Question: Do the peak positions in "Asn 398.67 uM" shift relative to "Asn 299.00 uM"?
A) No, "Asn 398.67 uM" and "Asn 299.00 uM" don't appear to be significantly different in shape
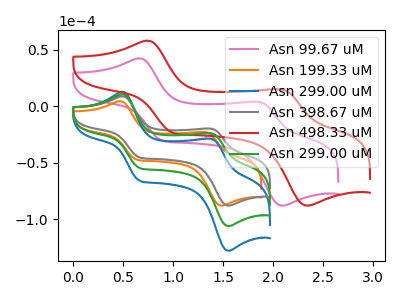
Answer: <think>The pink curve "Asn 99.67 uM" has anodic peaks at (0.65V, 42.35uA) (1.85V, 3.90uA) and cathodic peaks at (0.90V, -30.40uA) (2.10V, -88.00uA). The orange curve "Asn 199.33 uM" has anodic peaks at (0.45V, 4.50uA) (1.30V, -22.80uA) and cathodic peaks at (0.65V, -47.15uA) (1.50V, -88.05uA). The blue curve "Asn 299.00 uM" has anodic peaks at (0.50V, 21.10uA) (1.40V, -47.70uA) and cathodic peaks at (0.65V, -109.10uA) (1.55V, -212.25uA). The gray curve "Asn 398.67 uM" has anodic peaks at (0.50V, 8.75uA) (1.40V, -19.80uA) and cathodic peaks at (0.65V, -45.25uA) (1.55V, -88.00uA). The red curve "Asn 498.33 uM" has anodic peaks at (0.70V, 58.00uA) (2.10V, 14.95uA) and cathodic peaks at (1.00V, -23.50uA) (2.35V, -88.00uA). The green curve "Asn 299.00 uM" has anodic peaks at (0.50V, 10.55uA) (1.40V, -23.85uA) and cathodic peaks at (0.65V, -54.55uA) (1.55V, -106.10uA).
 All the peaks in "Asn 398.67 uM" have a peak in "Asn 299.00 uM" at the same potential.</think>
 <answer>A) No, "Asn 398.67 uM" and "Asn 299.00 uM" don't appear to be significantly different in shape</answer>
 <eval>A</eval>